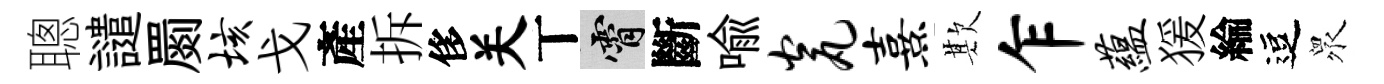
聰譴罽垓戈產拆侈关丅霄斷喻瓮熹欺乍蕴猨綸逗衆